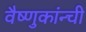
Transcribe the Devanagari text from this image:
वैष्णुकांन्ची